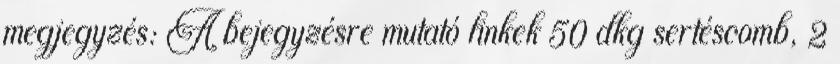
megjegyzés: A bejegyzésre mutató linkek 50 dkg sertéscomb, 2